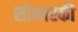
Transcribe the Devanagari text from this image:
सोनारकी